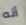
أنه